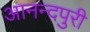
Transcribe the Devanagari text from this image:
आनन्दपुरी